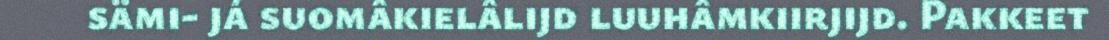
sämi- já suomâkielâlijd luuhâmkiirjijd. Pakkeet